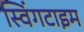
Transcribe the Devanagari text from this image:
स्विंगटाइम